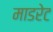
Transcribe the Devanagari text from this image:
माडरेट